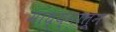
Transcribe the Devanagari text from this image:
माध्य्मातून